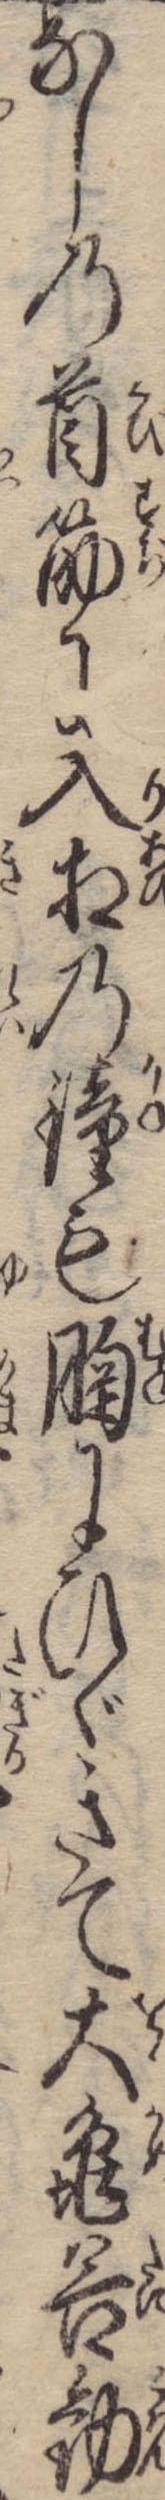
なしの首筋に入相の鐘も胸にひゞきて大亀谷勧